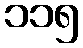
၁၁၅